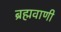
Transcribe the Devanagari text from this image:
ब्रह्मवाणी